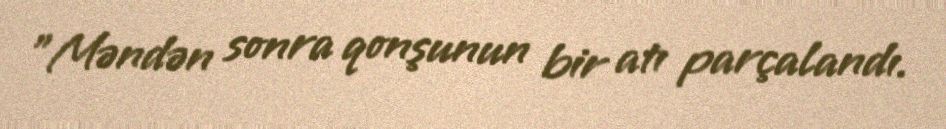
"Məndən sonra qonşunun bir atı parçalandı.